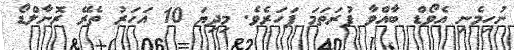
ނުހިމެނި އެވޯޑް ބާއްވާ ފުރަތަމަ ފަހަރެވެ. މިދިޔަ 10 އަހަރު ތެރޭ ރޮނާލްޑޯ